Dysentery and liver abscess in Bombay - Number 47
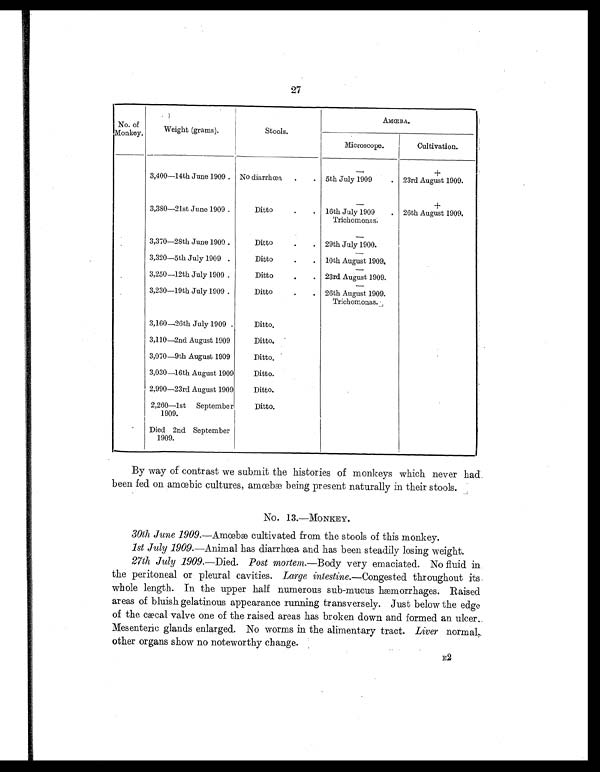
27
No. of
Monkey.
Weight (grams).
Stools.
AMŒBA.
Microscope.
Cultivation.
—
+
3,400—14th June 1909 . No diarrhœa .
. 5th July 1909
. 23rd August 1909.
—
+
3,380—21st June 1909 .
Ditto
.
. 16th July 1909
Trichomonas.
. 26th August 1909.
—
3,370—28th June 1909 .
Ditto
.
. 29th July 1900.
—
3,320—5th July 1909 .
Ditto
.
. 10th August 1909.
—
3,250—12th July 1909 .
Ditto
.
. 23rd August 1909.
3,230—19th July 1909 .
Ditto
.
. 26th August 1909.
Trichomonas.
3,160—26th July 1909 .
Ditto.
3,110—2nd August 1909
Ditto.
3,070—9th August 1909
Ditto.
3,030—16th August 1909
Ditto.
2,990—23rd August 1909
Ditto.
2,260—1st September
1909.
Ditto.
Died 2nd September
1909.
By way of contrast we submit the histories of monkeys which never had
been fed on amœbic cultures, amœbæ being present naturally in their stools.
No. 13.—MONKEY.
30th June 1909. —Amœbæ cultivated from the stools of this monkey.
1st July 1909. —Animal has diarrhœa and has been steadily losing weight.
27th July 1909.—Died. Post mortem. —Body very emaciated. No fluid in
the peritoneal or pleural cavities. Large intestine.—Congested throughout its
whole length. In the upper half numerous sub-mucus hæmorrhages. Raised
areas of bluish gelatinous appearance running transversely. Just below the edge
of the cæcal valve one of the raised areas has broken down and formed an ulcer.
Mesenteric glands enlarged. No worms in the alimentary tract. Liver normal,
other organs show no noteworthy change.
E2